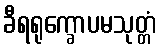
ခီရရုက္ခောပမသုတ္တံ